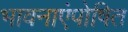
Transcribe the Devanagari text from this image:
भावनाएंपोषित